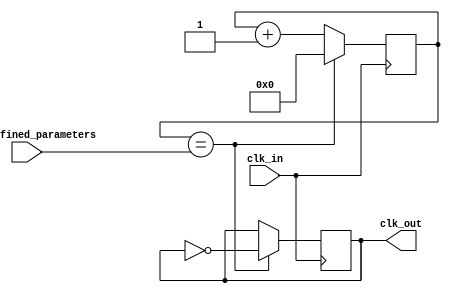
module frequency_synthesizer_clock_divider (
    input wire clk_in,
    input wire [7:0] user_defined_parameters,
    output reg clk_out
);

reg [7:0] count = 8'd0;

always @(posedge clk_in) begin
    if (count == user_defined_parameters) begin
        clk_out <= ~clk_out;
        count <= 8'd0;
    end
    else begin
        count <= count + 1;
    end
end

endmodule